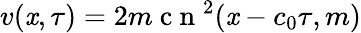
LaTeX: v(\mathit{x},\tau)=2m\mathrm{{~c~n~}}^{2}(\mathit{x}-c_{0}\tau,m)